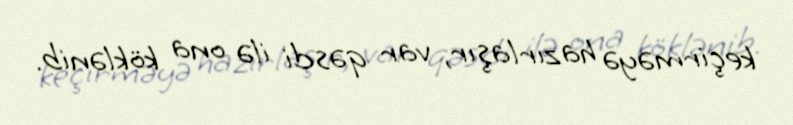
keçirməyə hazırlaşır, var qəsdi ilə ona köklənib.